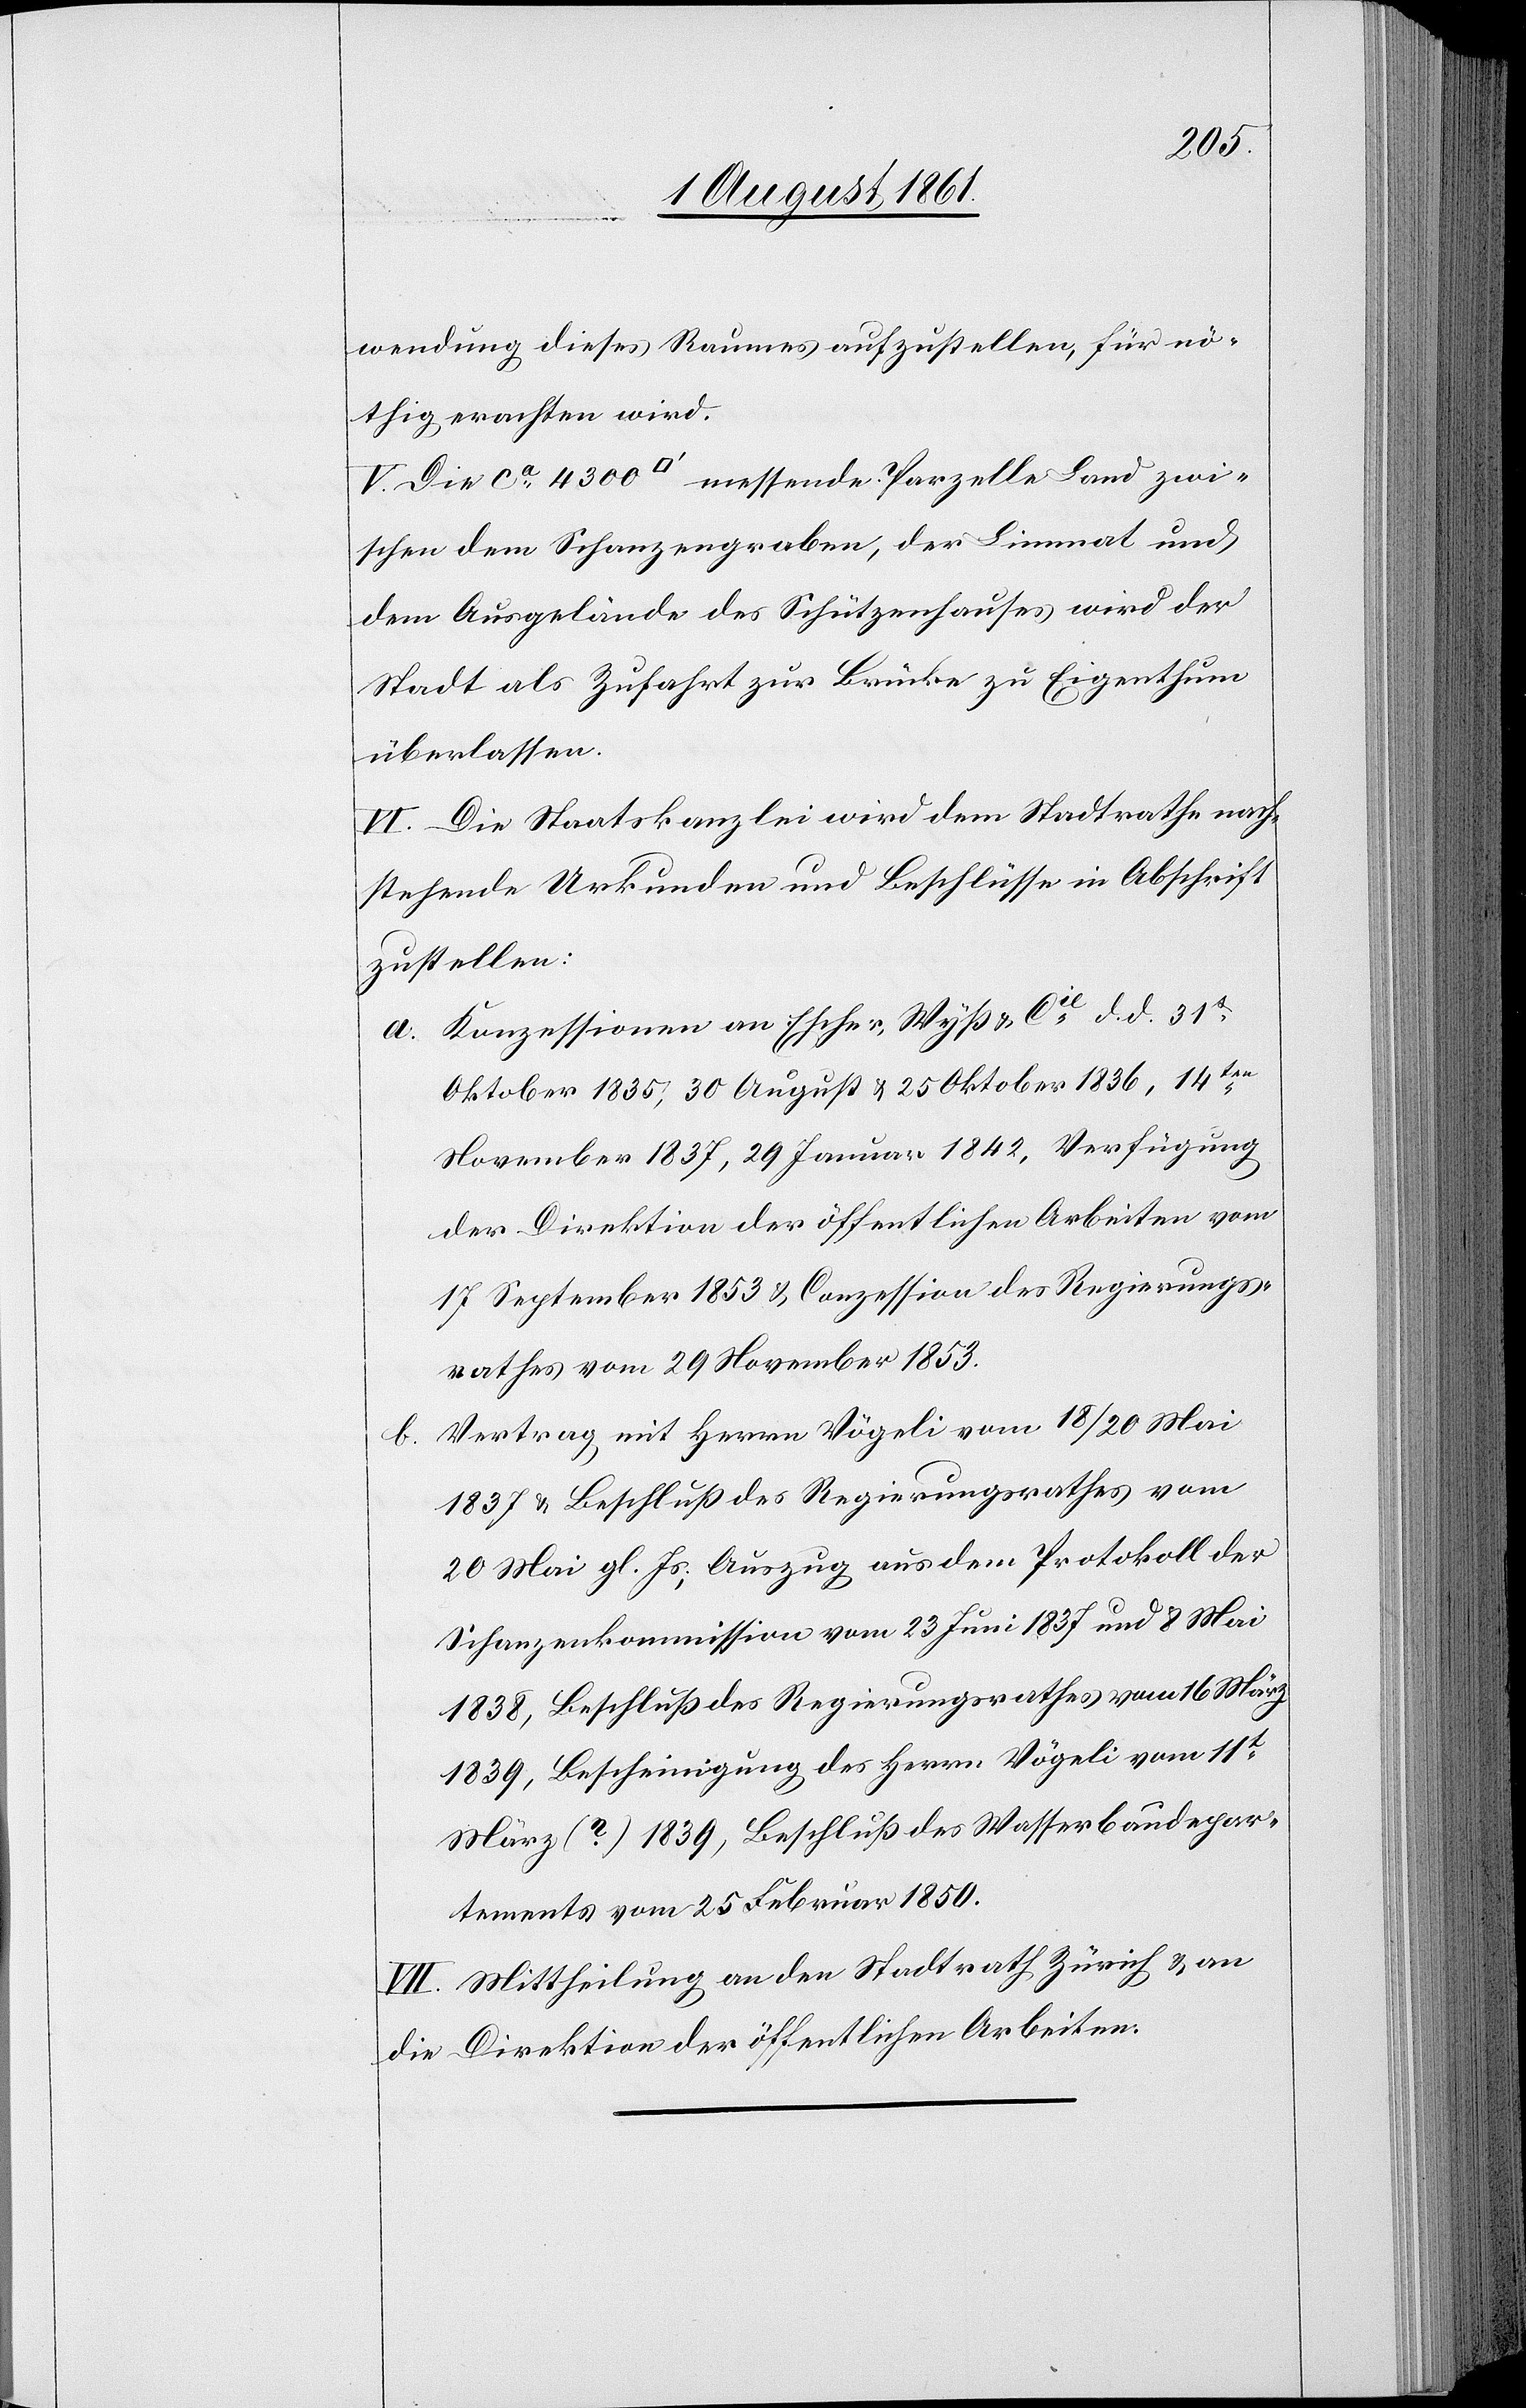
b.

wendung dieses Raumes aufzustellen, für nö¬
thig erachten wird.
V. Die ca 4300 [Quadratfuß] messende Parzelle Land zwi¬
schen dem Schanzengraben, der Limmat und
dem Ausgelände des Schützenhauses wird der
Stadt als Zufahrt zur Brücke zu Eigenthum
überlassen.
VI. Die Staatskanzlei wird dem Stadtrathe nach¬
stehende Urkunden und Beschlüsse in Abschrift
zustellen:
a. Konzessionen an Escher-Wyß u. Cie d. d. 31t
Oktober 1835, 30 August u. 25 Oktober 1836, 14ten
November 1837, 29 Januar 1842, Verfügung
der Direktion der öffentlichen Arbeiten vom
17 September 1853 u. Conzession des Regierungs¬
rathes vom 29 November 1853.
Vertrag mit Herrn Vögeli vom 18/20 Mai
1837 u. Beschluß des Regierungsrathes vom
20 Mai gl. Js., Auszug aus dem Protokolle der
Schanzenkommission vom 23 Juni 1837 und 8 Mai
1838, Beschluß des Regierungsrathes vom 16 März
1839, Bescheinigung des Herrn Vögeli vom 11t
März (?) 1839, Beschluß des Wasserbaudepar¬
tements vom 25 Februar 1850.
VII. Mittheilung an den Stadtrath Zürich u. an
die Direktion der öffentlichen Arbeiten.